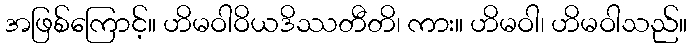
အဖြစ်ကြောင့်။ ဟိမဝါဝိယဒိဿတီတိ၊ ကား။ ဟိမဝါ၊ ဟိမဝါသည်။